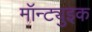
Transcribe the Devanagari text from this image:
मॉन्ट्युइक